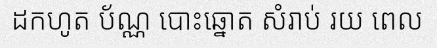
ដកហូត ប័ណ្ណ បោះឆ្នោត សំរាប់ រយ ពេល